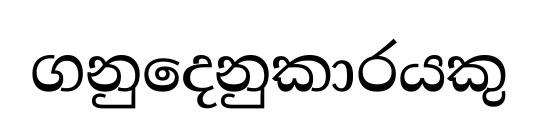
ගනුදෙනුකාරයකු